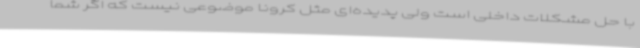
با حل مشکلات داخلی است ولی پدیده‌ای مثل کرونا موضوعی نیست که اگر شما